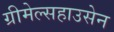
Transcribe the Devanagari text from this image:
ग्रीमेल्सहाउसेन